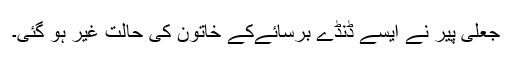
جعلی پیر نے ایسے ڈنڈے برسائےکے خاتون کی حالت غیر ہو گئی۔